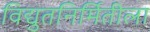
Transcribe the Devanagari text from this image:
विद्युतनिर्मितीला